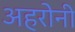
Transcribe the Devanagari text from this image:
अहरोनी